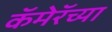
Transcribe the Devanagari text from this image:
कॅमेरॅच्या